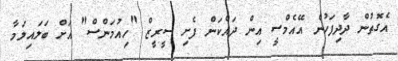
އެގޮތުން ދާދިފަހުން އޭއެމްސީ އިން ދައްކަން ފެށި ސީރީޒް "ހިއުމަންސް" އަށް ބަލައިލަމާ